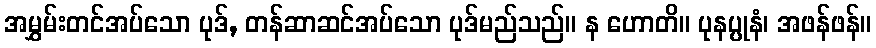
အမွှမ်းတင်အပ်သော ပုဒ်, တန်ဆာဆင်အပ်သော ပုဒ်မည်သည်။ န ဟောတိ။ ပုနပ္ပုနံ၊ အဖန်ဖန်။